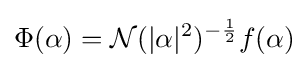
\Phi (\alpha )={\mathcal {N}}(\vert \alpha \vert ^{2})^{-{\frac {1}{2}}}f(\alpha )